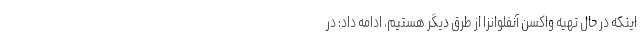
اینکه در حال تهیه واکسن آنفلوانزا از طرق دیگر هستیم، ادامه داد: در